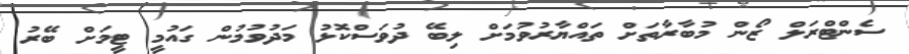
ސެންޓްރަލް ޒޯން މުބާރާތަށް ތައްޔާރުވުމަށް ލިބޭ ދުވަސްކޮޅު މަދުވުމުން ގައުމީ ޓީމަށް ބޭރު